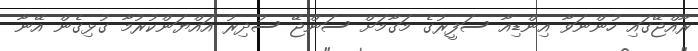
ރާއްޖޭގައި ހުންނަވާ އިންޑިއާ ސަފީރުގެ މަގާމަށް ސަންޖޭ ސުދިރު އައްޔަންކުރުމާ ގުޅިގެން އޭނާ